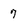
Character: 7